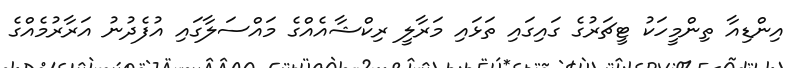
އިންޑިއާ ތިންމީހަކު ޓީޗަރުގެ ގައިގައި ތަޅައި މަރާލީ ރިކްޝާއެއްގެ މައްސަލާގައި އުފެދުނު އަރާރުމެއްގެ